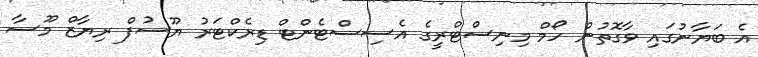
އެ ބަޔާނުގައި ވާގޮތުން ހޯމް މިނިސްޓްރީގެ އެސިސްޓެންޓް ޑިރެކްޓަރު ޔޫސުފް ރިޔާޒް މޫސާ